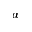
\alpha